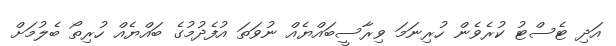
އަދި ޓެސްޓު ކުރެވެން ހުރިނަމަ ވިރާސީބައްޔެއް ނުވަތަ އުފެދުމުގެ ބައްޔެއް ހުރިތޯ ބެލުމަށް